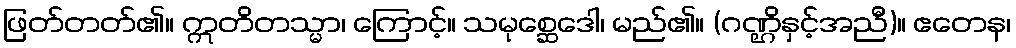
ဖြတ်တတ်၏။ ဣတိတသ္မာ၊ ကြောင့်။ သမုစ္ဆေဒေါ၊ မည်၏။ (ဂဏ္ဌိနှင့်အညီ)။ ဧတေန၊